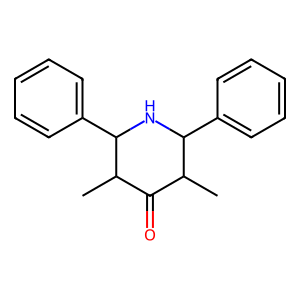
SMILES: CC1C(=O)C(C)C(c2ccccc2)NC1c1ccccc1
Inhibits HIV replication: No